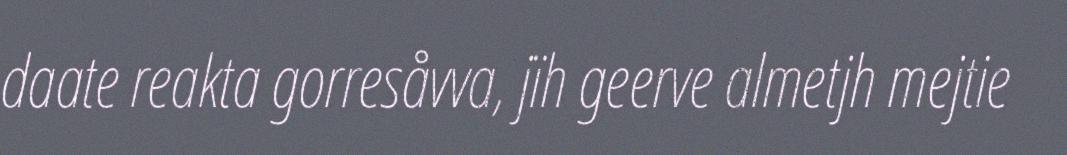
daate reakta gorresåvva, jïh geerve almetjh mejtie